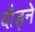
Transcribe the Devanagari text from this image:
दौड्ने